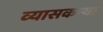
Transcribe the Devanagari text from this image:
व्यासकन्या